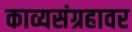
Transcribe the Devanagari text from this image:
काव्यसंग्रहावर